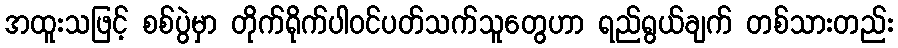
အထူးသဖြင့် စစ်ပွဲမှာ တိုက်ရိုက်ပါဝင်ပတ်သက်သူတွေဟာ ရည်ရွယ်ချက် တစ်သားတည်း